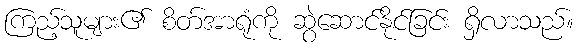
ကြည့်သူများ၏ စိတ်အာရုံကို ဆွဲဆောင်နိုင်ခြင်း ရှိလာသည်။